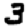
Digit: 3